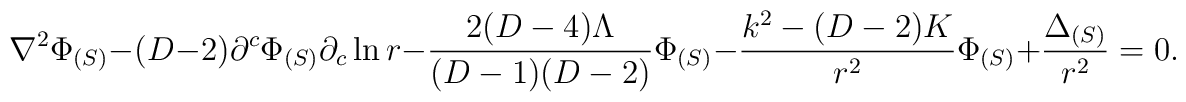
\nabla^2\Phi_{(S)} 	- (D-2)\partial^c\Phi_{(S)}\partial_c\ln r 	- \frac{2(D-4)\Lambda}{(D-1)(D-2)}\Phi_{(S)}	-\frac{k^2-(D-2)K}{r^2}\Phi_{(S)} + \frac{\Delta_{(S)}}{r^2}	= 0.